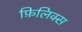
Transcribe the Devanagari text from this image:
फ़िलिक्स